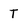
Character: T